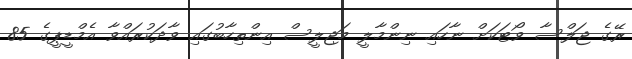
ރޭގެ ޖަލްސާ ވޯޓަކަށް ނާހައި ނިންމާލީ މަޖިލީސް އިންތިހާބުގައި ވާދަކުރައްވާ އެމްޑީޕީގެ 85